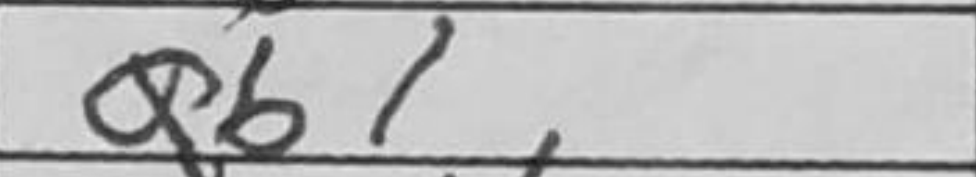
Transcription: Qb1